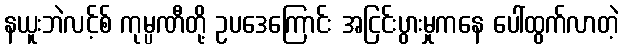
နယူးဘဲလင့်စ် ကုမ္ပဏီတို့ ဥပဒေကြောင်း အငြင်းပွားမှုကနေ ပေါ်ထွက်လာတဲ့